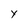
Character: Y